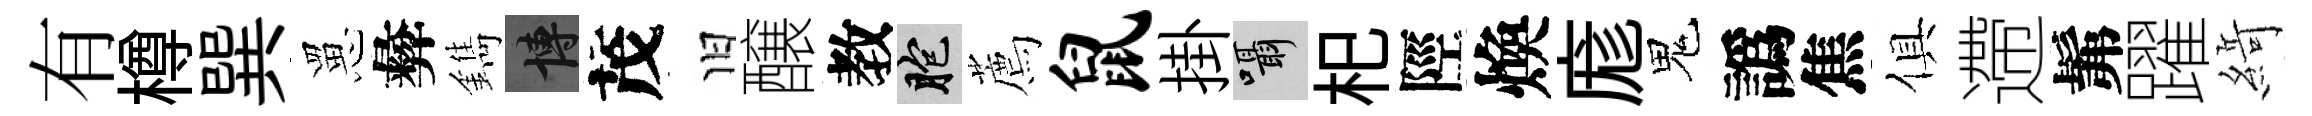
有樽巽罳彜鐫博茂旧醸教胞薦鼠掛囁𣏌陘煥庬鬼譌焦俱遰髴躍𦂶